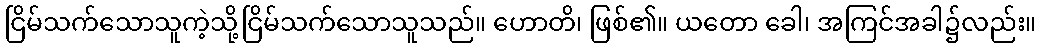
ငြိမ်သက်သောသူကဲ့သို့ငြိမ်သက်သောသူသည်။ ဟောတိ၊ ဖြစ်၏။ ယတော ခေါ၊ အကြင်အခါ၌လည်း။